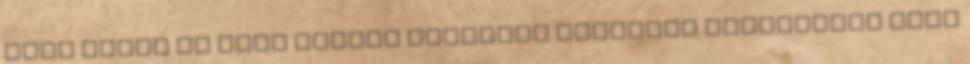
hogy akkor ez most melyik mesebeli karakter alteregója akar